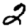
Digit: 2